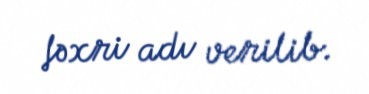
fəxri adı verilib.